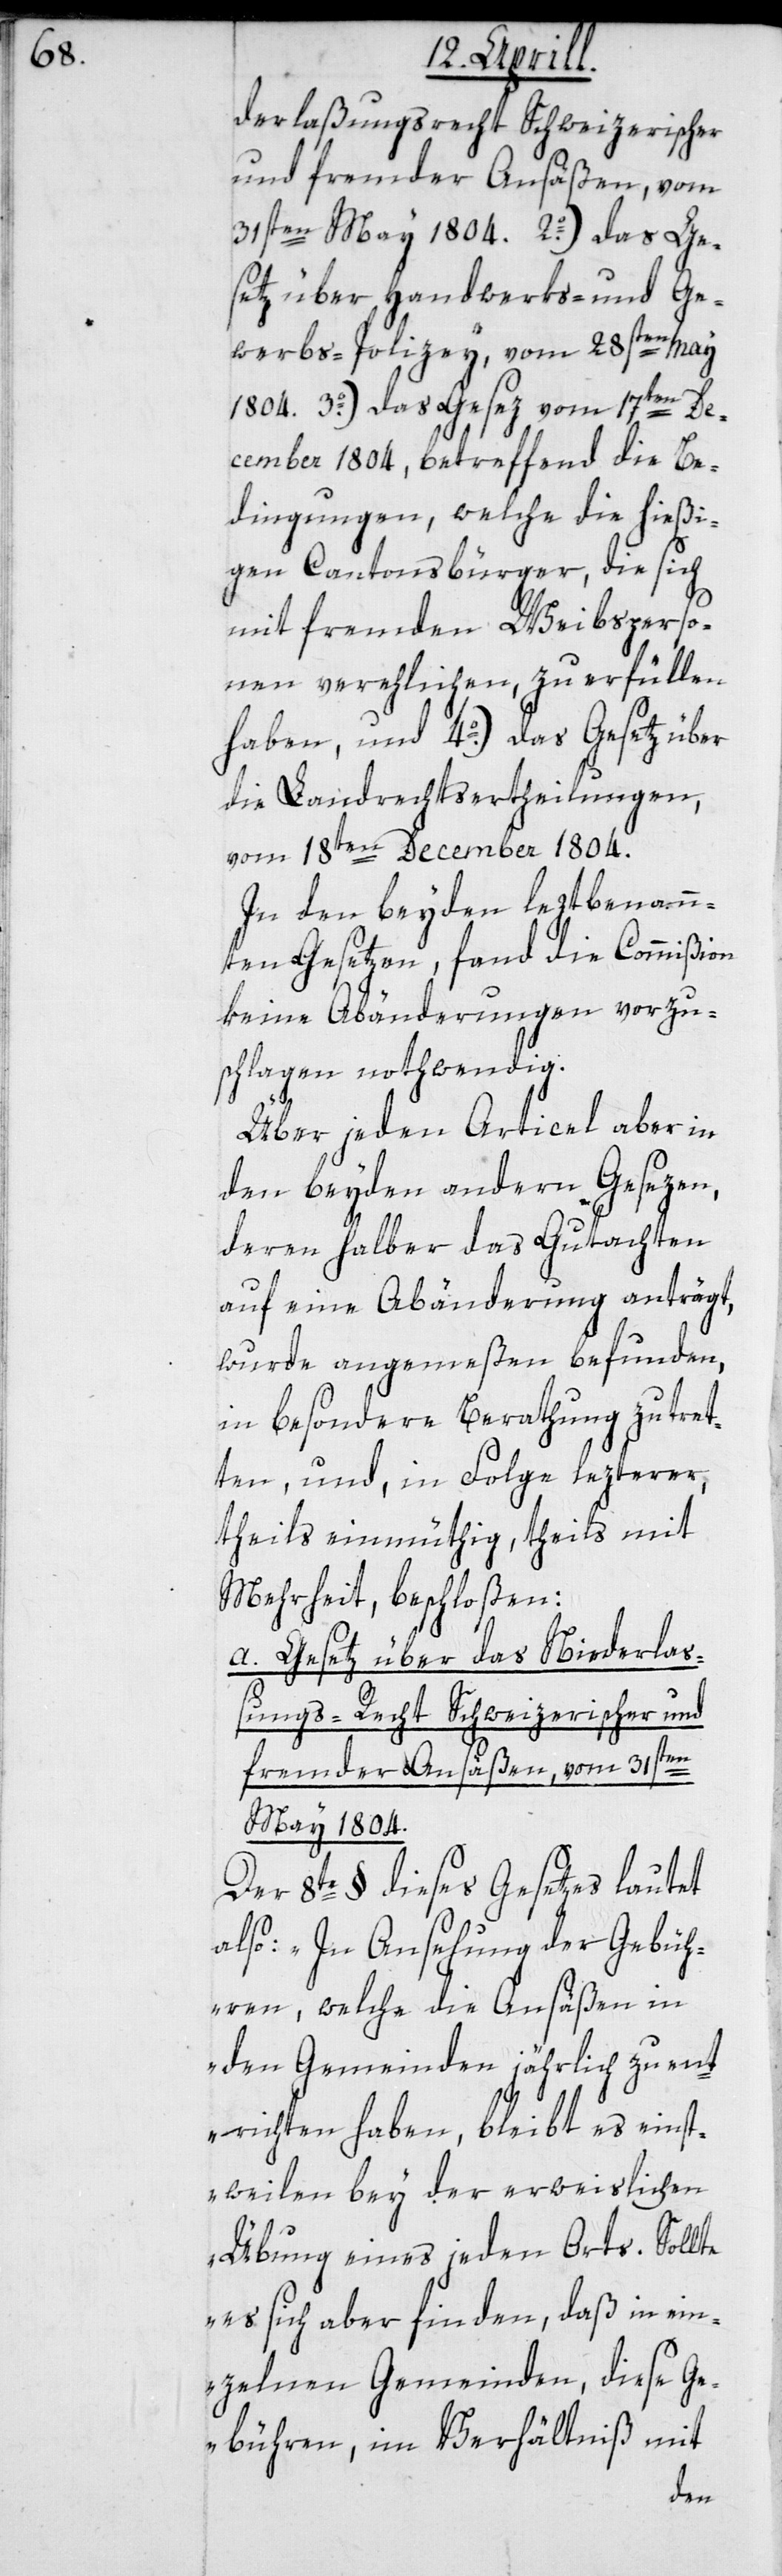
Ge¬

derlaßungsrecht Schweizerischer
und fremder Ansäßen, vom
setz über Handwerks- und Ge¬
werbs-Polizey, vom 28sten May
3o.) Das Gesez vom 17ten De¬
cember 1804, betreffend die Be¬
dingungen, welche die hießi¬
gen Cantonsbürger, die sich
mit fremden Weibsperso¬
nen verehlichen, zu erfüllen
haben, und 4o.) das Gesetz über
die Landrechtsertheilungen,
vom 18ten December 1804.
In den beyden letztbenann¬
ten Gesetzen, fand die Commißion
keine Abänderungen vorzu¬
schlagen nothwendig.
Über jeden Articel aber in
den beyden andern Gesezen,
deren halber das Gutachten
auf eine Abänderung anträgt,
wurde angemeßen befunden,
in besondere Berathung zu tret¬
ten, und, in Folge lezterer,
theils einmüthig, theils mit
Mehrheit beschloßen:
a. Gesetz über das Niederla¬
ßungs-Recht Schweizerischer und
2o.)
fremder Ansäßen, vom 31sten
May 1804.
Der 8te § dieses Gesetzes lautet
also: „In Ansehung der Gebüh¬
ren, welche die Ansäßen in
den Gemeinden jährlich zu ent¬
richten haben, bleibt es einst¬
weilen bey der erweislichen
Übung eines jeden Orts. Sollte
es sich aber finden, daß in ein¬
zelnen Gemeinden, diese Ge¬
bühren im Verhältniß mit